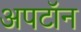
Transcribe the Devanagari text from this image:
अपटॉन